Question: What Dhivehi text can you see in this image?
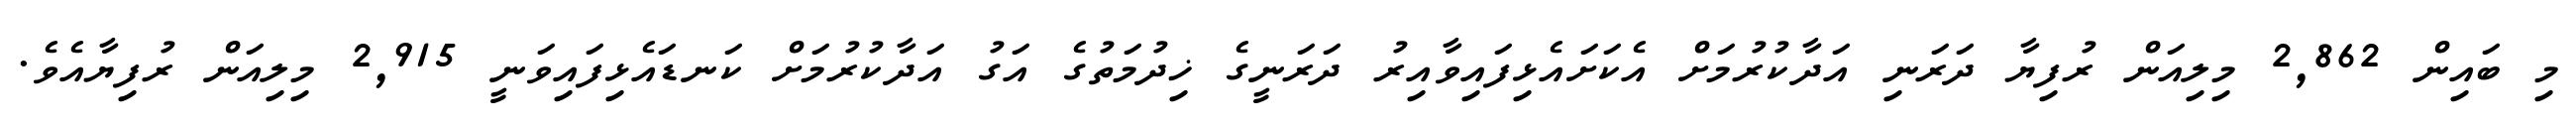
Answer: މި ބައިން 2,862 މިލިއަން ރުފިޔާ ދަރަނި އަދާކުރުމަށް އެކަށައެޅިފައިވާއިރު ދަރަނީގެ ޚިދުމަތުގެ އަގު އަދާކުރުމަށް ކަނޑައެޅިފައިވަނީ 2,915 މިލިއަން ރުފިޔާއެވެ.